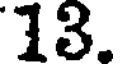
13.